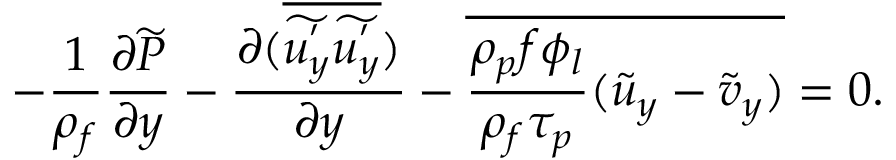
- \frac { 1 } { \rho _ { f } } \frac { \partial \widetilde { P } } { \partial y } - \frac { \partial ( \overline { { \widetilde { u _ { y } ^ { ' } } \widetilde { u _ { y } ^ { ' } } } } ) } { \partial y } - \overline { { \frac { \rho _ { p } f \phi _ { l } } { \rho _ { f } \tau _ { p } } ( \widetilde { u } _ { y } - \widetilde { v } _ { y } ) } } = 0 .